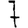
Digit: 7